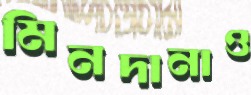
মিনদানাও